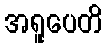
အရူပေတိ